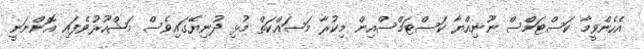
އެހެންވީމާ ކަސްޓަމްސް ނޫނިއްޔާ ކަސްޓަމްސްއިން މިކުރާ މަސައްކަތް މުޅި ދުނިޔޭގައިވެސް މަޝްހޫރުވެފައި އޮންނަނީ